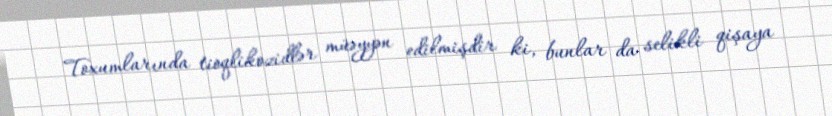
Toxumlarında tioqlikozidlər müəyyən edilmişdir ki, bunlar da selikli qişaya